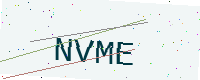
Text: NVME